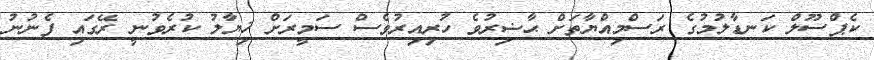
ކެޕްސޫލް ކަނޑާލުމުގެ ރަސްމިއްޔާތަށް ޙާޟިރުވެ ހުރިއިރުވެސް ސަމީރަށް ޚިޔާލު ކުރެވުނީ ރޭގައި ފެނުނު